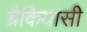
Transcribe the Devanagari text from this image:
ब्रैकियांसी